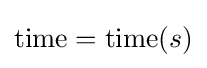
{\text{time}}=\operatorname {time} (s)